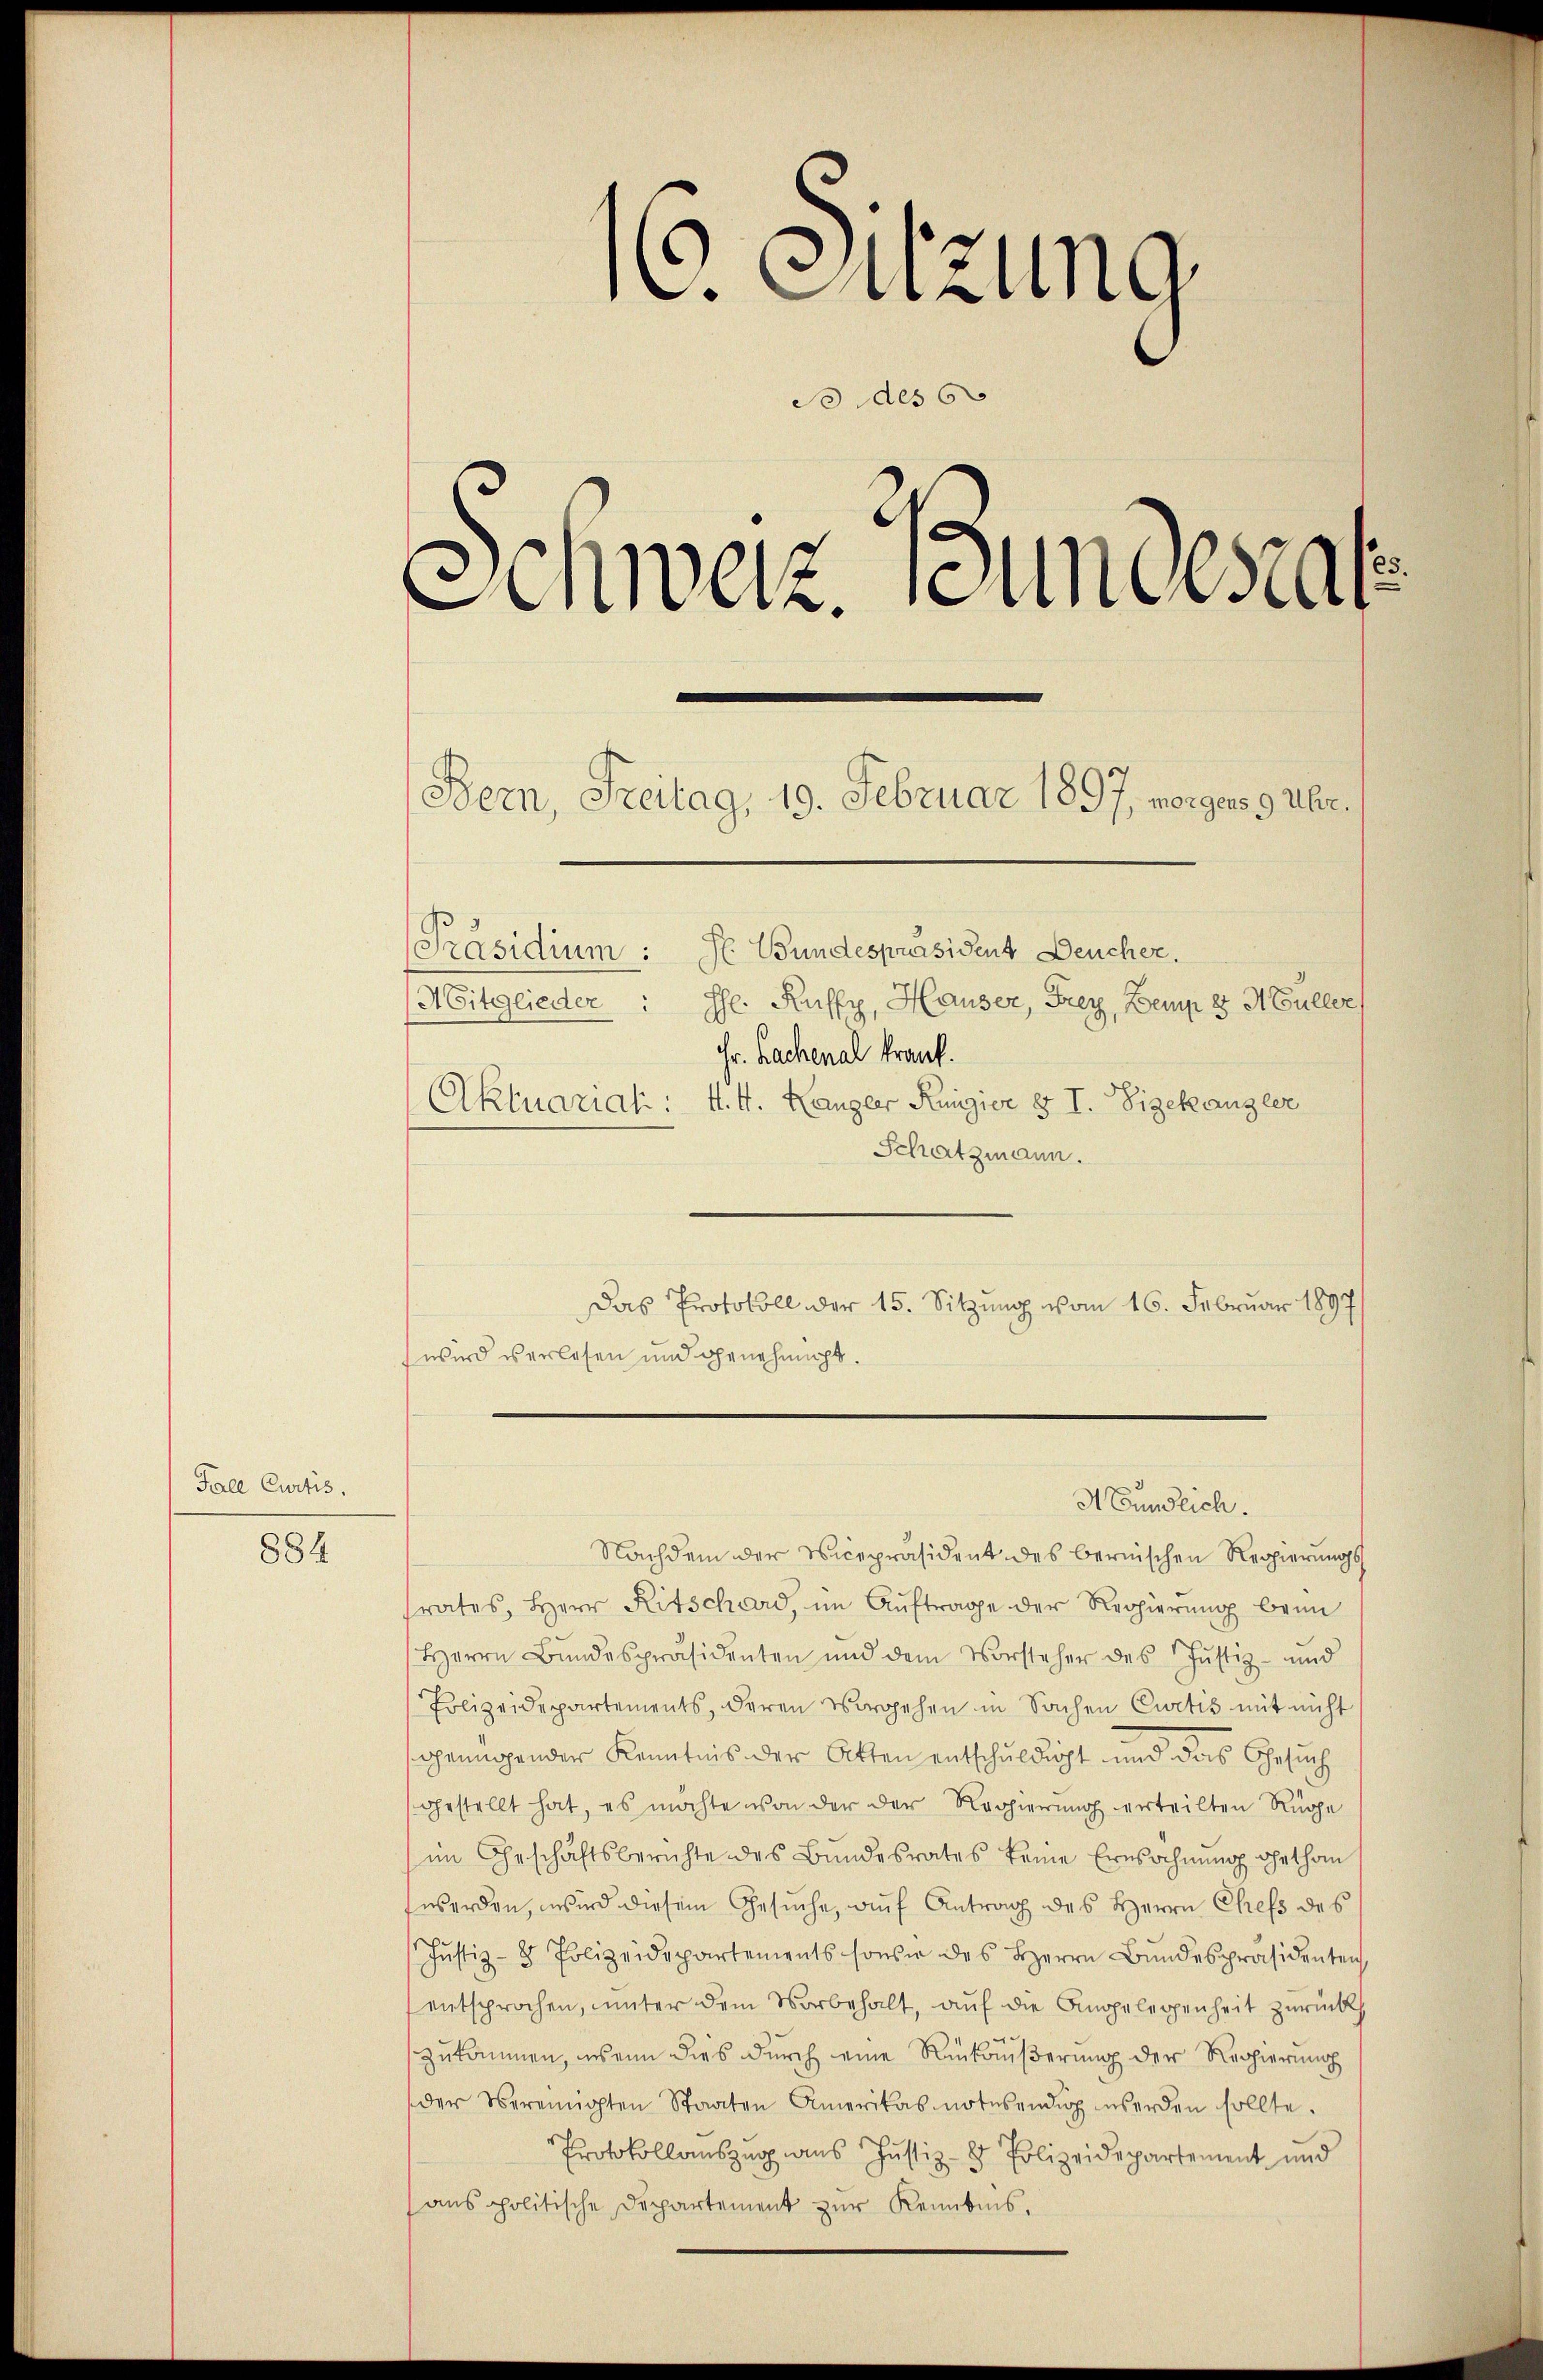
Fall Curtis,

884

16. Sitzung.
S des 6
Anweiz. Jungesta

Aktuariat: 4. 4. Langer Kunzier § I. Sigekanzler
Schatzmann.
Das Protokoll der 15. Sitzung vom 16. Februar 1897
wird verlesen und genehmigt.

Bern, Freitag, 19. Februar 1897, vorgens 9 Uhr.
[Präsidium: Se Bundespräsident Deucher.
Mitglieder: Hr. Ruffy, Hauser, Frey, Bemp 8 Müller
Fr. Bachenal krank.

Nachdem der Vicepräsident des bernischen Regierungs
srates, Herr Ritschard, im Auftrage der Regierung brin
Herrn Bundespräsidenten und dem Vorsteher des Justiz- und
Polizeidepartements, deren Vorgehen in Sachen Curtis mit nicht
genügender Kenntnis der Akten entschuldigt und das Gesuch
gestellt hat, es möchte von der der Regierung erteilten Rüge
im Geschäftsberichte des Bundesrates keine Einwohnung ohethan
twerden, wird diesem Gesuche, auf Antrag des Herrn Chefs des
Jŭstiz-8 Polizeidepartements sonser des Herrn Bŭndespräsidenten,
entsprochen, unter dem Vorbehalt, auf die Angelegenheit zurück
zukommen, wenn dies durch eine Rückäußerung der Regierung
der Vereinigten Staaten Amerikas notusendig werden sollte.
Protokollauszug aus Justiz- & Polizeidepartement und
anspolitische Departement zur Kenntnis,

Nundlich.